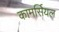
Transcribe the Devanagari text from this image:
कामर्सियल